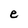
Character: e